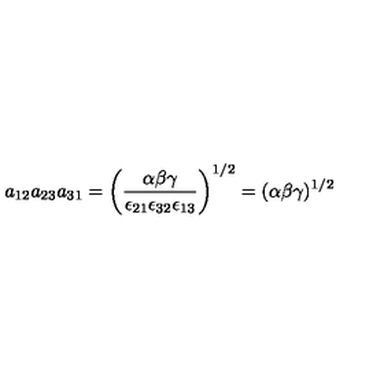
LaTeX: a _ { 1 2 } a _ { 2 3 } a _ { 3 1 } = \left( \frac { \alpha \beta \gamma } { \epsilon _ { 2 1 } \epsilon _ { 3 2 } \epsilon _ { 1 3 } } \right) ^ { 1 / 2 } = ( \alpha \beta \gamma ) ^ { 1 / 2 }